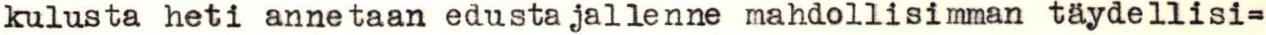
kulusta heti annetaan edustajallenne mahdollisimman täydellisi=